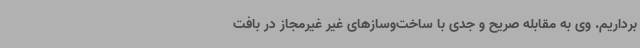
برداریم. وی به مقابله صریح و جدی با ساخت‌وسازهای غیر غیرمجاز در بافت